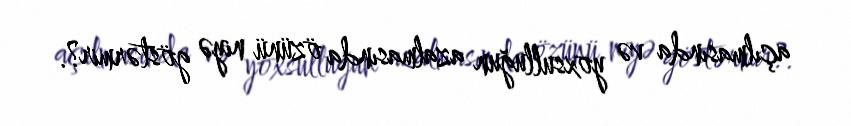
açılmasında və yoxsulluğun azalmasında özünü niyə göstərmir?.